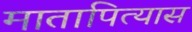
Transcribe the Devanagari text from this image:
मातापित्यास